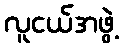
လူငယ်အဖွဲ့